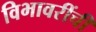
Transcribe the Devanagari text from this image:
विभावरींची